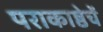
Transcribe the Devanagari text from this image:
पराकाष्ठेचें